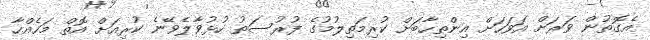
އެގޮތުން ވަރަށް އަވަހަށް އިންތިހާބަށް ކުރިމަތިލުމުގެ ފުރުސަތު ހުޅުވާލެވޭނެ ކުރިއަށް އޮތް މަހެއްހާ